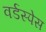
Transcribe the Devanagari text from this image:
वर्डस्पेस